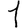
Digit: 1